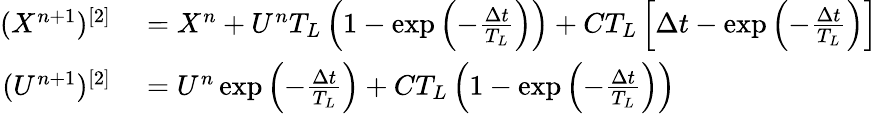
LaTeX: \begin{array}{rl}{(X^{n+1})^{[2]}}&{{}=X^{n}+U^{n}T_{L}\left(1-\exp\left(-\frac{\Delta t}{T_{L}}\right)\right)+CT_{L}\left[\Delta t-\exp\left(-\frac{\Delta t}{T_{L}}\right)\right]}\\ {(U^{n+1})^{[2]}}&{{}=U^{n}\exp\left(-\frac{\Delta t}{T_{L}}\right)+CT_{L}\left(1-\exp\left(-\frac{\Delta t}{T_{L}}\right)\right)}\end{array}